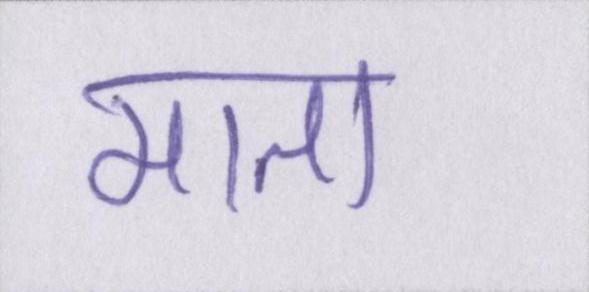
माता